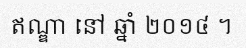
ឥណ្ឌា នៅ ឆ្នាំ ២០១៤ ។